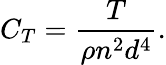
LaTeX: C_{T}=\frac{T}{\rho n^{2}d^{4}}.